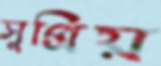
সুপ্রিয়